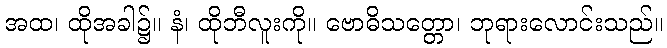
အထ၊ ထိုအခါ၌။ နံ၊ ထိုဘီလူးကို။ ဗောဓိသတ္တော၊ ဘုရားလောင်းသည်။